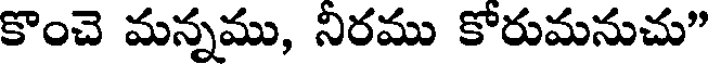
కొంచె మన్నము, నిరము కోరుమనుచు"